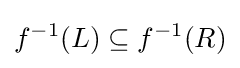
f^{-1}(L)\subseteq f^{-1}(R)